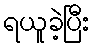
ရယူခဲ့ပြီး